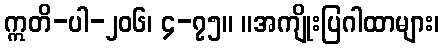
ဣတိ-ပါ-၂၀၆၊ ၄-၇၅။ ။အကျိုးပြဂါထာများ၊